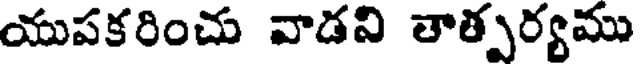
యుపకరించు వాడని తాత్పర్యము